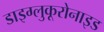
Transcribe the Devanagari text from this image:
डाइग्लुकूरोनाइड